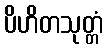
ပိဟိတသုတ္တံ